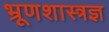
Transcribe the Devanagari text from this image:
भ्रूणशास्त्रज्ञ